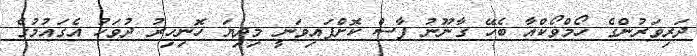
ދަރިވަރުންގެ ހޯމްވޯކްއާ ބެހޭ ގާނޫނު ފާސް ކޮށްފައިވަނީ މިދިޔަ ހޮނިހިރު ދުވަހު އެގައުމުގެ